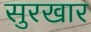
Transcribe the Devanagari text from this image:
सुरखार